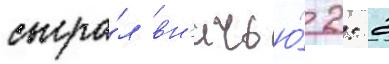
сыгра́л вн'ичью́ 2: 2